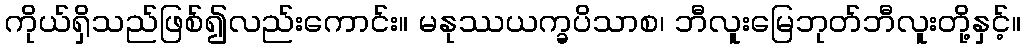
ကိုယ်ရှိသည်ဖြစ်၍လည်းကောင်း။ မနုဿယက္ခပိသာစ၊ ဘီလူးမြေဘုတ်ဘီလူးတို့နှင့်။